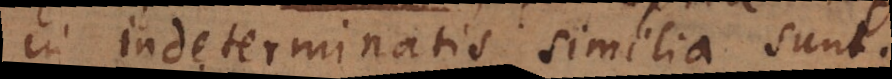
in indeterminatis similia sunt.